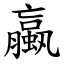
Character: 蠃